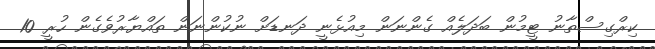
ކިރްގިސްތާނު ޓީމުން ބަދަލެއް ގެންނަން މިއުޅެނީ ދަނޑަށް ނުކުންނަން ތައްޔާރުވެގެން ހުރީ 10